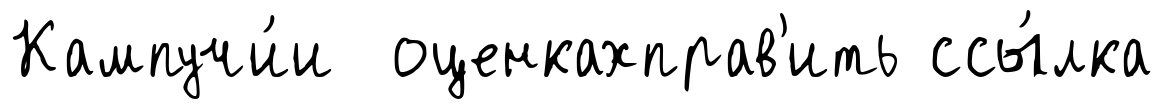
Кампучи́и оценкахправ'ить ссы́лка